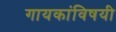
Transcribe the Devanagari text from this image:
गायकांविषयी